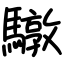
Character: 驐